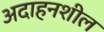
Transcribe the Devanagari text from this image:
अदाहनशील